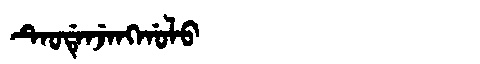
Manchu: ᡨᡝᠣᡩᡝᠨᠵᡝᠩᡤᠣᠯᠣ
Romanization: TEODENJENGGOLO